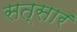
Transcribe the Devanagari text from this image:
सत्सार॔